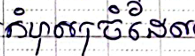
កំហុសច្រំដែល